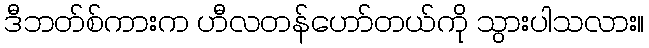
ဒီဘတ်စ်ကားက ဟီလတန်ဟော်တယ်ကို သွားပါသလား။